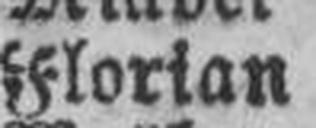
Florian